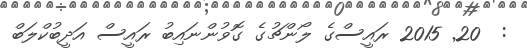
:  20